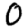
Digit: 0